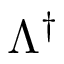
\Lambda ^ { \dagger }